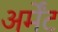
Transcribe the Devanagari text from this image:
अर्मेंट